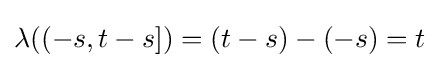
\lambda ((-s,t-s])=(t-s)-(-s)=t